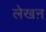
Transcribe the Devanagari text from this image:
लेखऩ